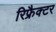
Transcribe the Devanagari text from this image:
रिफ्रैक्टर